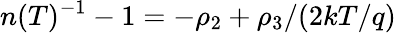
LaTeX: n(T)^{-1}-1=-\rho_{2}+\rho_{3}/(2kT/q)